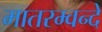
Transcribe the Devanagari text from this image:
मातरम्वन्दे